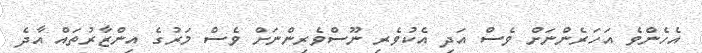
އެހެންވެ އަހަރެންނަށް ވެސް އަދި އެކުވެރި ނޫސްވެރިންނަށް ވެސް މަރުގެ އިންޒާރުތައް އާދެ